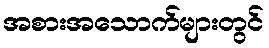
အစားအသောက်များတွင်